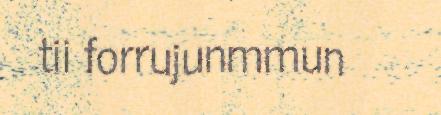
tii forrujunmmun